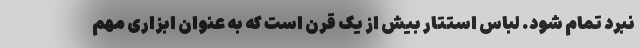
نبرد تمام شود. لباس استتار بیش از یک قرن است که به عنوان ابزاری مهم